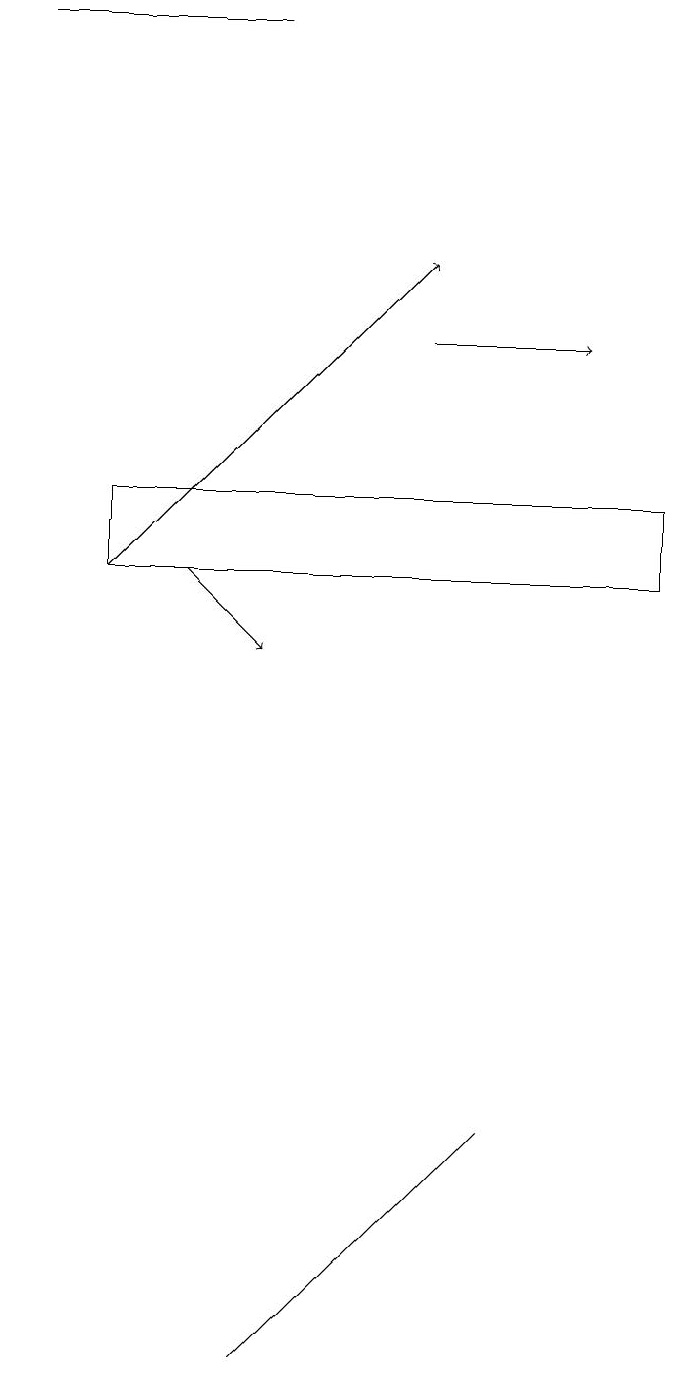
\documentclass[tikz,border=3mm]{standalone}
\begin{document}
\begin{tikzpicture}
\draw[->] (5,14) -- (7,14);
\draw (1,12) rectangle (8,11);
\draw (3,18) rectangle (0,18);
\draw[->] (2,11) -- (3,10);
\draw (5,3) -- (6,4) -- (3,1) -- cycle;
\draw[->] (1,11) -- (5,15);
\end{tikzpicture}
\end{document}